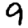
Digit: 9